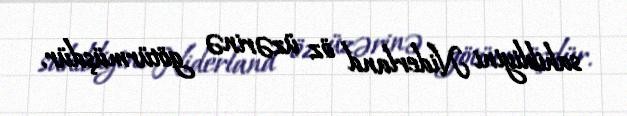
sahibliyini Niderland öz üzərinə götürmüşdür.